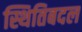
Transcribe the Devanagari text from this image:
स्थितिबदल